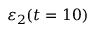
\varepsilon _ { 2 } ( t = 1 0 )